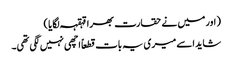
( اور میں نے حقارت بھرا قہقہہ لگایا )
شاید اسے میری یہ بات قطعاً اچھی نہیں لگی تھی۔